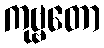
ကုဗ္ဗတော